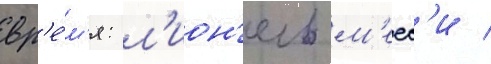
вр'е́м'я: л'ион'ель м'есс'и /